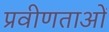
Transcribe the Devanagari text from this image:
प्रवीणताओं